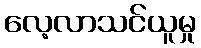
လေ့လာသင်ယူမှု